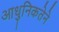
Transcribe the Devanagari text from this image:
आधुनिकतेने